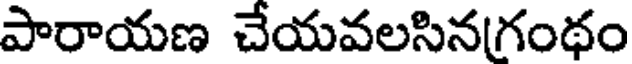
పారాయణ చేయవలసినగంథం